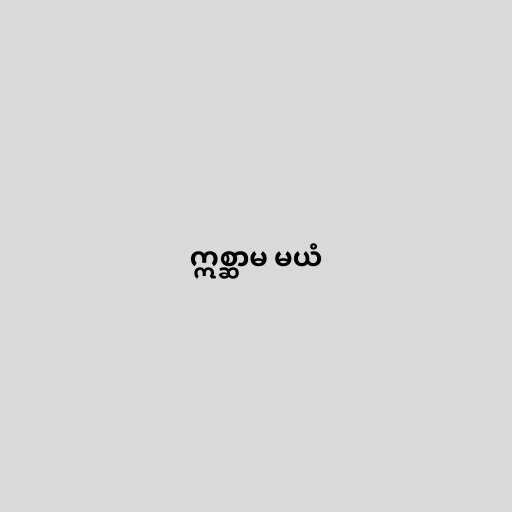
ဣစ္ဆာမ မယံ